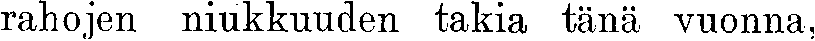
rahojen niukkuuden takia tänä vuonna,